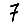
Digit: 7